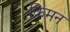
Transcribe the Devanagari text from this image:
क्रिमन